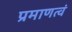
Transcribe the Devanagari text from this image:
प्रमाणत्वं